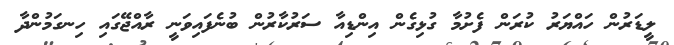
ލީޑަރުން ހައްޔަރު ކުރަން ފެށުމާ ގުޅިގެން އިންޑިއާ ސަރުކާރުން ބުނެފައިވަނީ ރާއްޖޭގައި ހިނގަމުންދާ